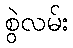
စွဲလမ်း